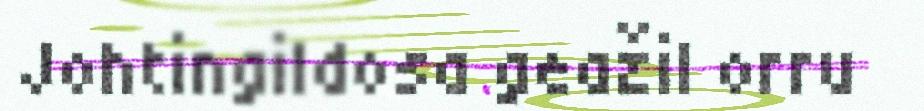
Johtingildosa geažil orru